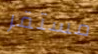
مستقر